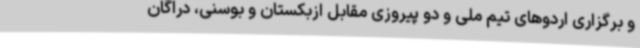
و برگزاری اردوهای تیم ملی و دو پیروزی مقابل ازبکستان و بوسنی، دراگان